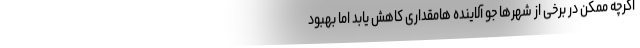
اگرچه ممکن در برخی از شهرها جو آلاینده هامقداری کاهش یابد اما بهبود